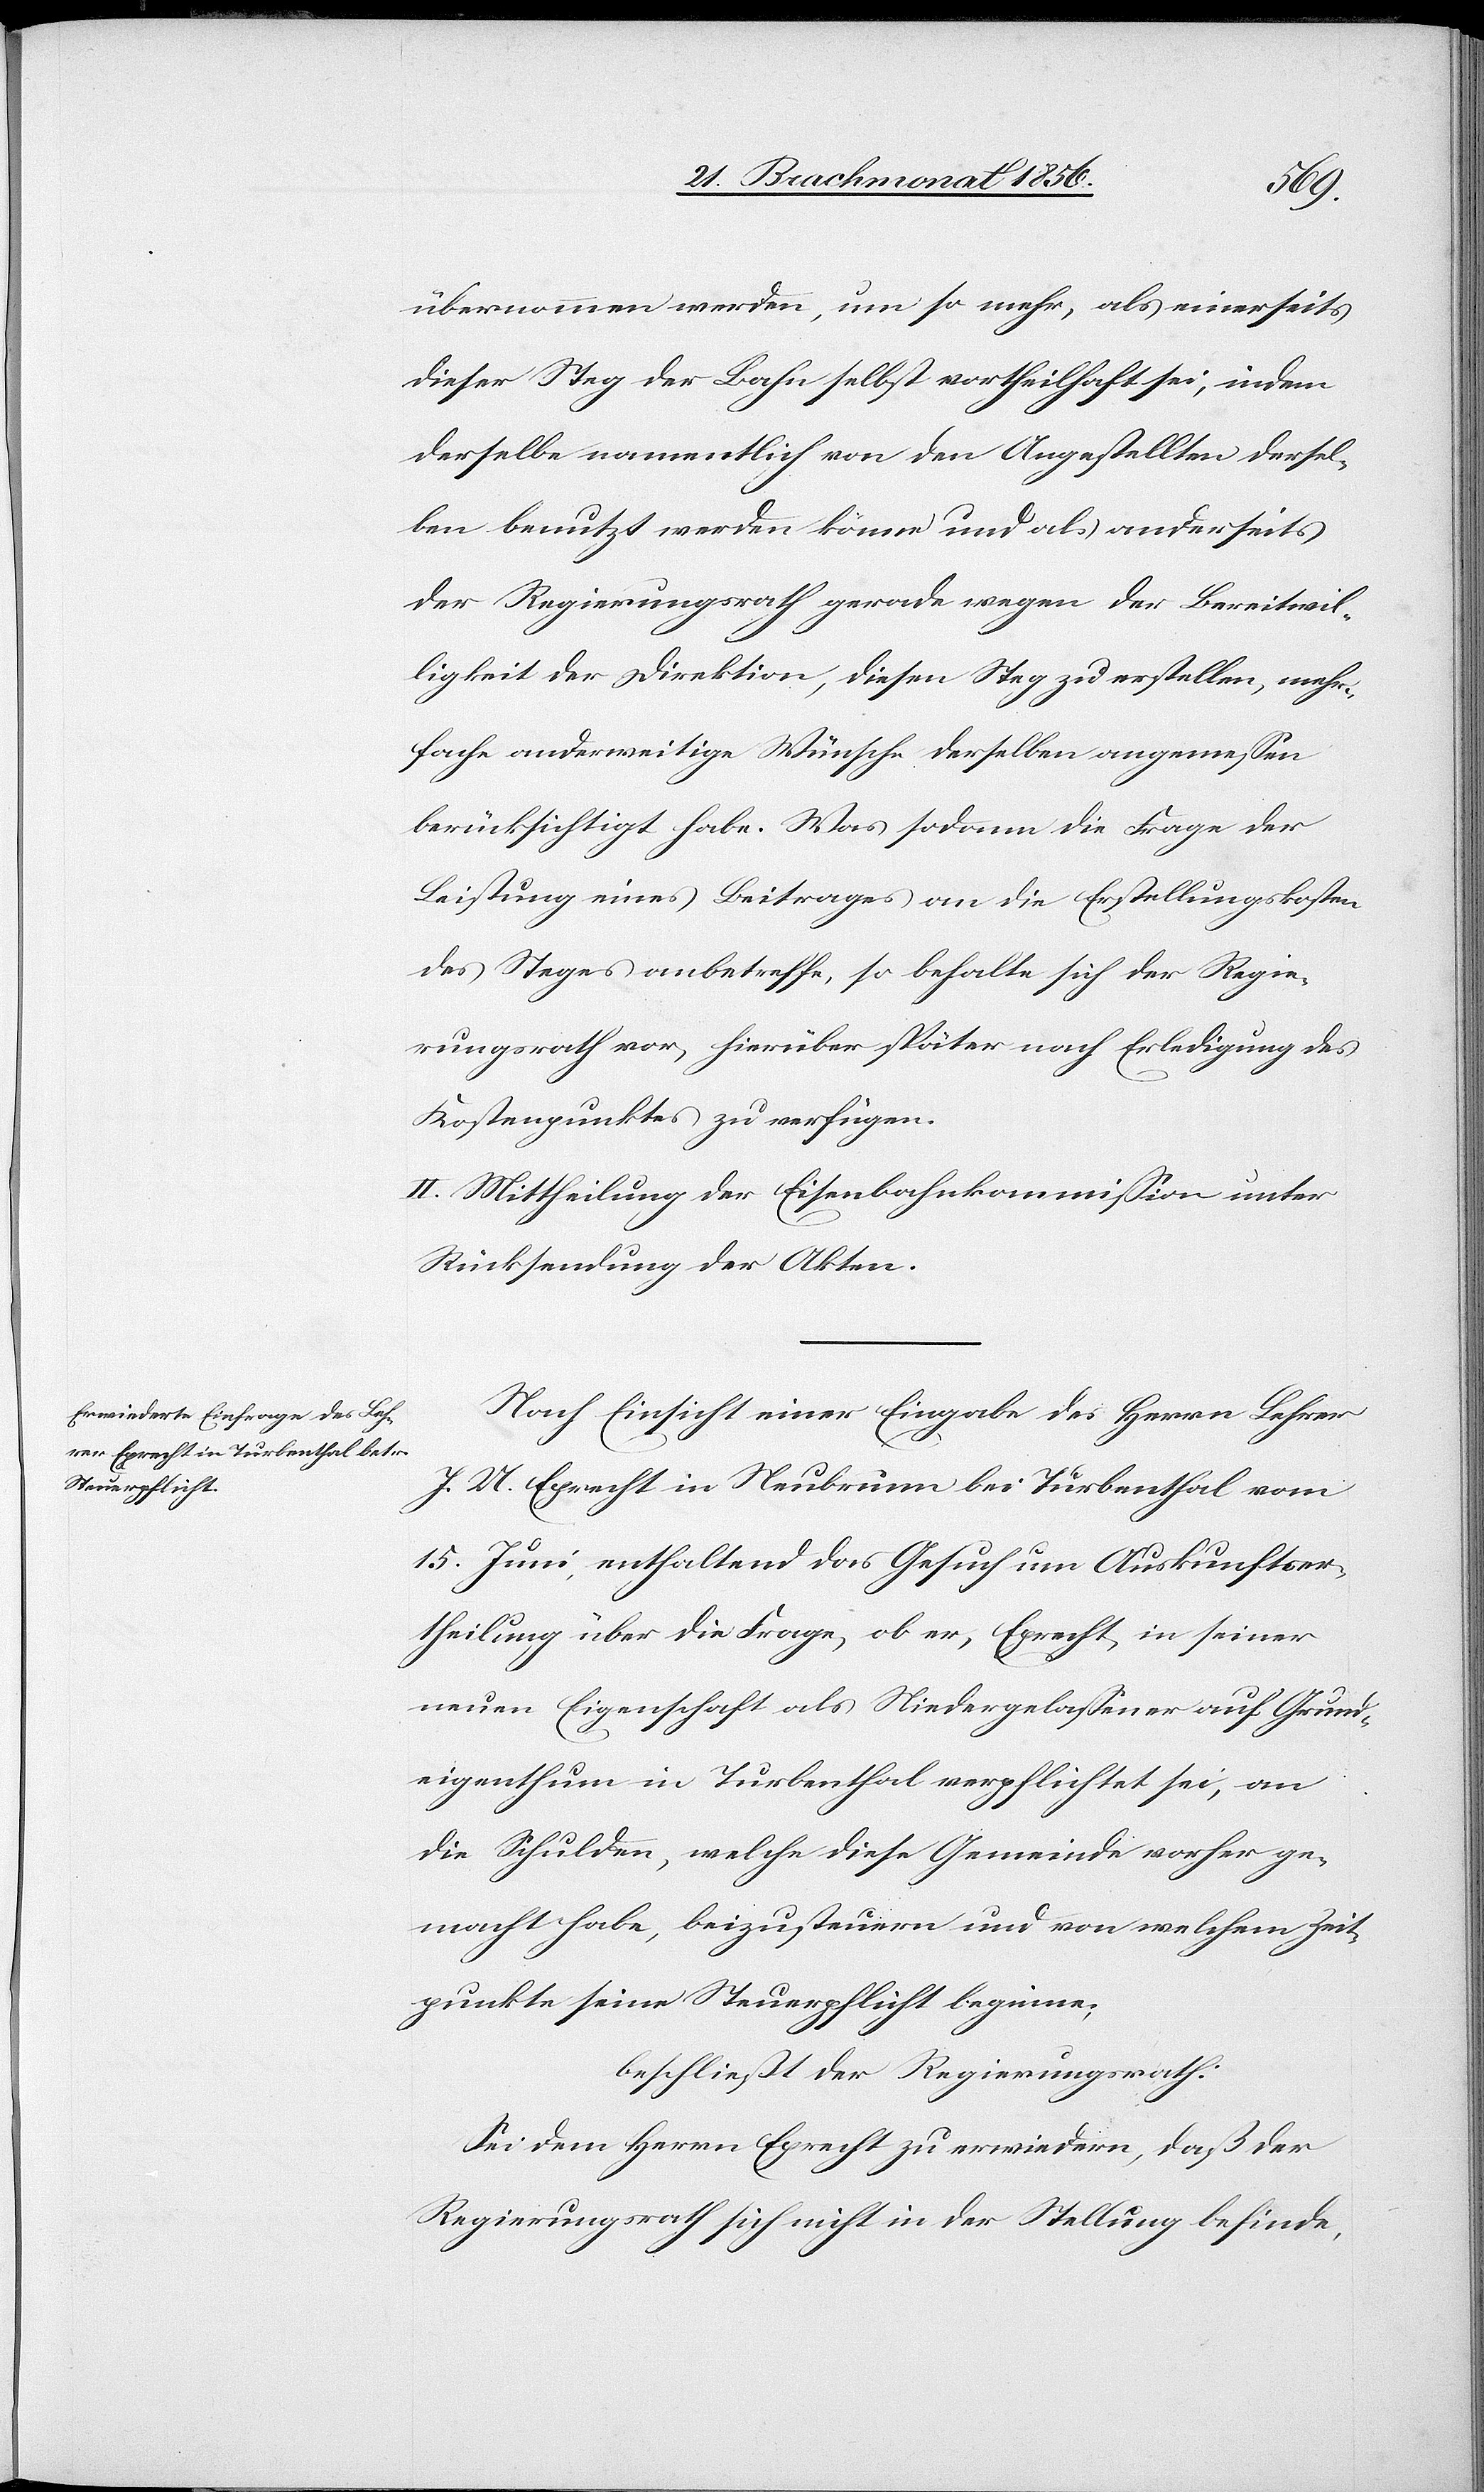
übernommen werden, um so mehr, als einerseits
dieser Steg der Bahn selbst vortheilhaft sei, indem
derselbe namentlich von den Angestellten dersel¬
ben benutzt werden könne und als anderseits
der Regierungsrath gerade wegen der Bereitwil¬
ligkeit der Direktion, diesen Steg zu erstellen, mehr¬
fache anderweitige Wünsche derselben angemessen
berücksichtigt habe. Was sodann die Frage der
Leistung eines Beitrages an die Erstellungskosten
des Steges anbetreffe, so behalte sich der Regie¬
rungsrath vor, hierüber später nach Erledigung des
Kostenpunktes zu verfügen.
II. Mittheilung der Eisenbahnkommission unter
Rücksendung der Akten.
Nach Einsicht einer Eingabe des Herrn Lehrer
J. A. Eprecht in Neubrunn bei Turbenthal vom
15. Juni, enthaltend das Gesuch um Auskunftser¬
theilung über die Frage, ob er, Eprecht, in seiner
neuen Eigenschaft als Niedergelassener auf Grund¬
eigenthum in Turbenthal verpflichtet sei, an
die Schulden, welche diese Gemeinde vorher ge¬
macht habe, beizusteuern und von welchem Zeit¬
punkte seine Steuerpflicht beginne;
beschließt der Regierungsrath:
Sei dem Herrn Eprecht zu erwiedern, daß der
Regierungsrath sich nicht in der Stellung befinde,